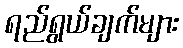
ရည်ရွယ်ချက်များ